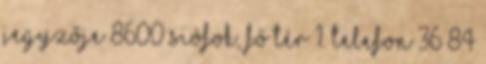
JEGYZŐJE 8600 SIÓFOK, FŐ TÉR 1. TELEFON 36 84